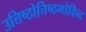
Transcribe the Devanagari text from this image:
उत्तिष्ठोत्तिष्ठगोविन्द